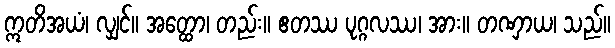
ဣတိအယံ၊ လျှင်။ အတ္ထော၊ တည်း။ ဧတဿ ပုဂ္ဂလဿ၊ အား။ တဏှာယ၊ သည်။